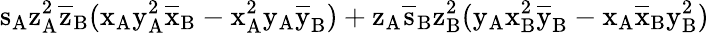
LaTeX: \mathrm{s_{A}\mathrm{z_{A}^{2}\mathrm{\overline{{z}}_{B}(\mathrm{x_{A}\mathrm{y_{A}^{2}\mathrm{\overline{{x}}_{B}-\mathrm{x_{A}^{2}\mathrm{y_{A}\mathrm{\overline{{y}}_{B})+\mathrm{z_{A}\mathrm{\overline{{s}}_{B}\mathrm{z_{B}^{2}(\mathrm{y_{A}\mathrm{x_{B}^{2}\mathrm{\overline{{y}}_{B}-\mathrm{x_{A}\mathrm{\overline{{x}}_{B}\mathrm{y_{B}^{2})}}}}}}}}}}}}}}}}}}